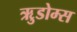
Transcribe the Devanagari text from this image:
ऋुडोम्स